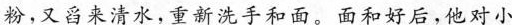
粉，又舀来清水，重新洗手和面。面和好后，他对小